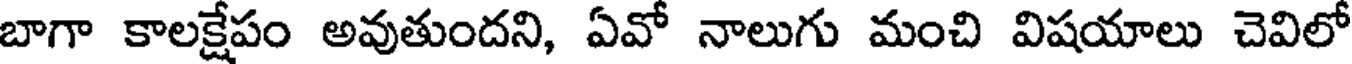
బాగా కాలక్షేపం అవుతుందని, ఏవో నాలుగు మంచి విషయాలు చెవిలో